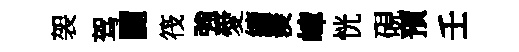
袈驾闢筏強愛續羨嶂恍硯預壬